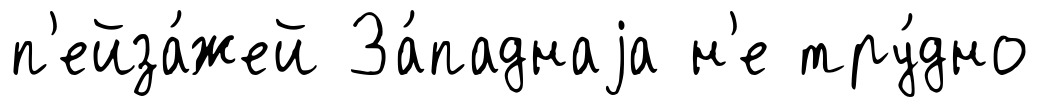
п'ейза́жей За́паднаjа н'е тру́дно